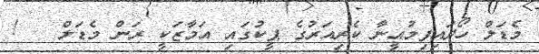
މެޑަލް ހޯދައިފިމުއީނާ ކެރިއަރުގެ ޕީކުގައި އަމާޒަކީ ރަން މެޑަލް   !